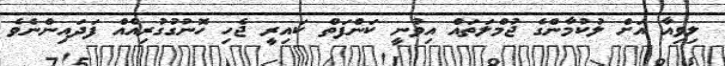
ލިވިއާ އަށް ލުކުމާންގެ ޖުމްލަތައް އިވުނީ ކަންފަތް ކައިރީ ޖެހި ހޮނުގުގުރިއެއް ފަދައިންނެވެ